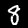
Label: 8